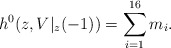
\begin{align*}h^{0}(z, V|_{z}(-1)) = \sum_{i=1}^{16} m_i.\end{align*}